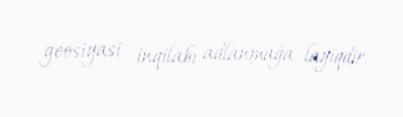
geosiyasi inqilabı adlanmağa layiqdir.